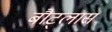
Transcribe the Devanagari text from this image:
बौट्लार्स